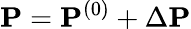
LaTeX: {\mathbf P}={\mathbf P}^{(0)}+\Delta{\mathbf P}